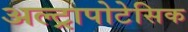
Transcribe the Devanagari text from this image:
अल्ट्रापोटेसिक